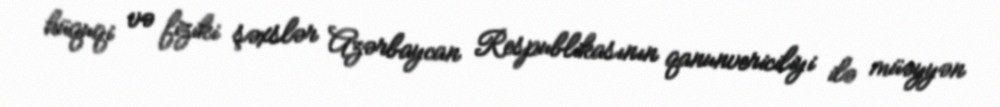
hüquqi və fiziki şəxslər Azərbaycan Respublikasının qanunvericiliyi ilə müəyyən